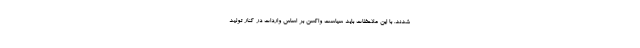
شدند. با این ملاحظات باید سیاست واکسن بر اساس واردات در کنار تولید